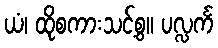
ယံ၊ ထိုစကားသင့်စွ။ ပလ္လင်္က